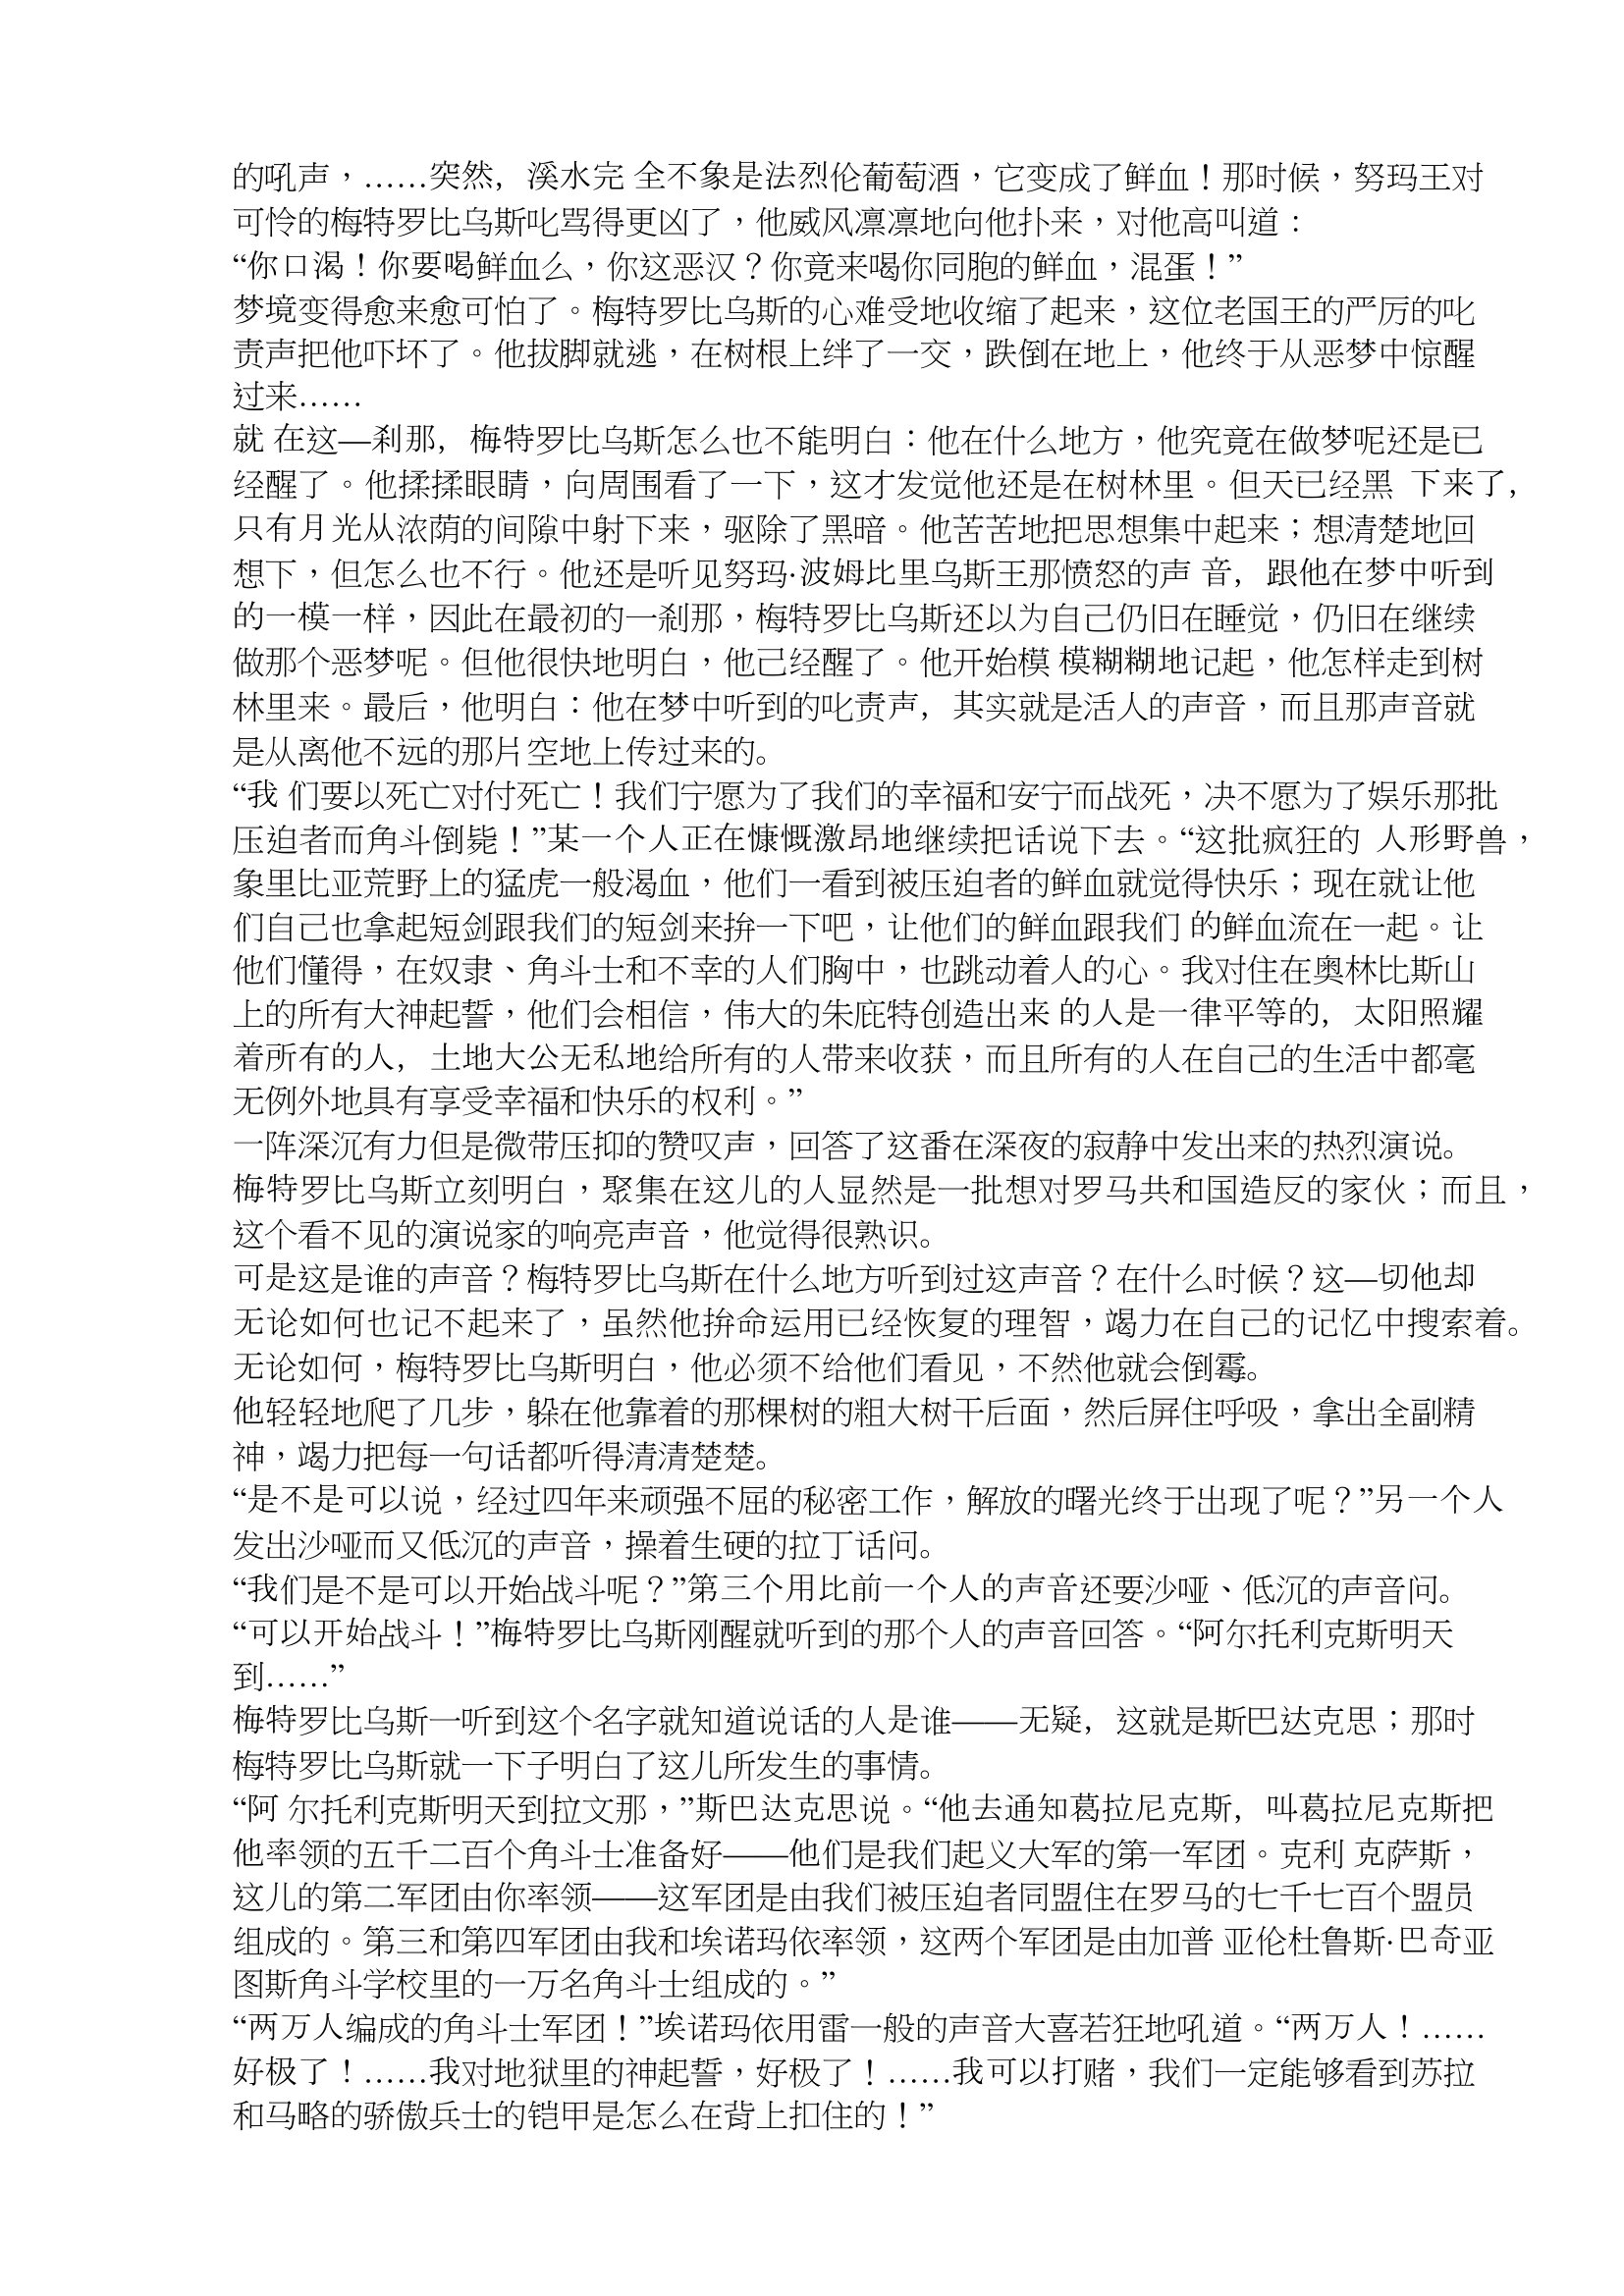
Language: zh